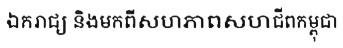
ឯករាជ្យ និងមកពីសហភាពសហជីពកម្ពុជា